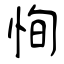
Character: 恂